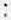
: